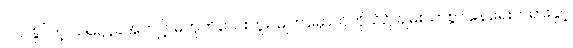
ပယ်နိုင်တဲ့ သလ္လေခအကျင့် မဟုတ်သေးဘူး၊ မျက်မှောက်ကိုယ်၌ ချမ်းသာစွာ နေရေးတရားနှင့်